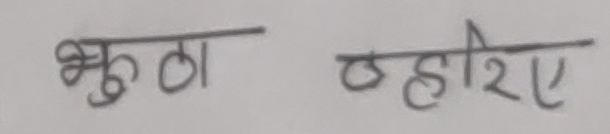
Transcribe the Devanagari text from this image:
भुठा ठहरिए